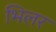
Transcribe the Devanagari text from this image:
भिलर